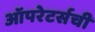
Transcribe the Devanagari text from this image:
ऑपरेटर्सची